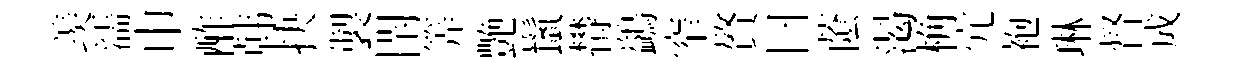
羡濡巾酢韩抉製閈筭艶鬛欎鷁窄贅曰䕃渴桷宂袍琳督成